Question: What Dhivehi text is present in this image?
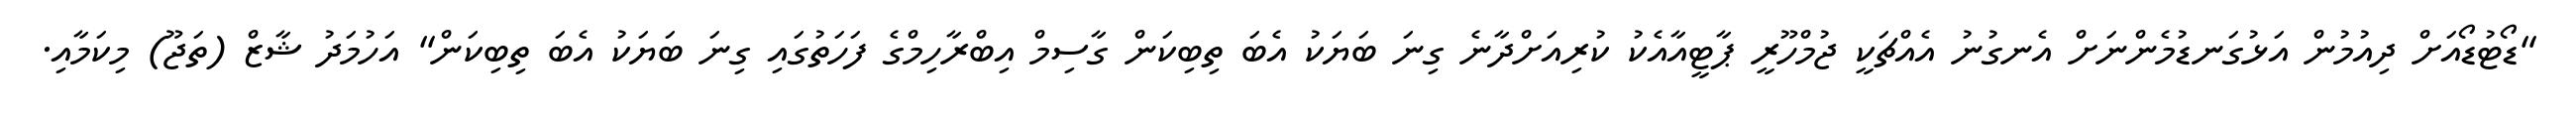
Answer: "ޑޯޓުޑޯއަށް ދިއުމުން އަޅުގަނޑުމެންނަށް އެނގުނު އެއްޗަކީ ޖުމްހޫރީ ޕާޓީއާއެކު ކުރިއަށްދާނެ ގިނަ ބަޔަކު އެބަ ތިބިކަން ގާސިމް އިބްރާހިމްގެ ފަހަތުގައި ގިނަ ބަޔަކު އެބަ ތިބިކަން" އަހުމަދު ޝާޒް (ތަޖޫ) މިކަމާއި.